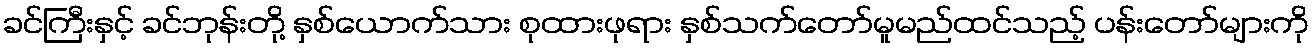
ခင်ကြီးနှင့် ခင်ဘုန်းတို့ နှစ်ယောက်သား စုထားဖုရား နှစ်သက်တော်မူမည်ထင်သည့် ပန်းတော်များကို